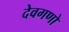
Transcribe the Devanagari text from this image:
देवगणो